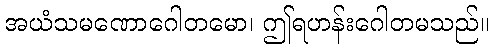
အယံသမဏောဂေါတမော၊ ဤရဟန်းဂေါတမသည်။